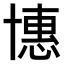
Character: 𠦽